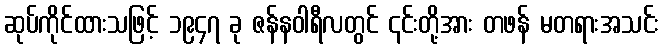
ဆုပ်ကိုင်ထားသဖြင့် ၁၉၄၇ ခု ဇန်နဝါရီလတွင် ၎င်းတို့အား တဖန် မတရားအသင်း